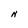
Character: N